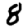
Digit: 8